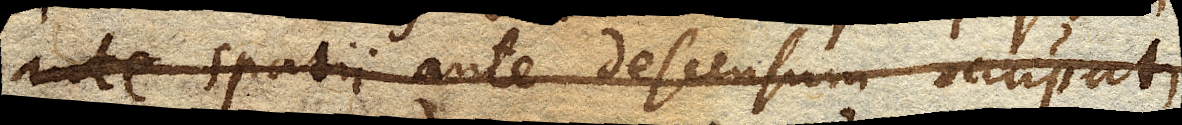
ut spatii ante descensum occupati